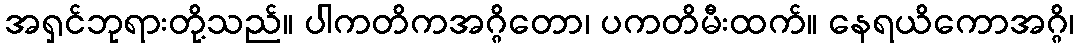
အရှင်ဘုရားတို့သည်။ ပါကတိကအဂ္ဂိတော၊ ပကတိမီးထက်။ နေရယိကောအဂ္ဂိ၊